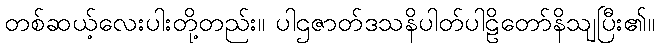
တစ်ဆယ့်လေးပါးတို့တည်း။ ပါဌဇာတ်ဒသနိပါတ်ပါဠိတော်နိသျပြီး၏။